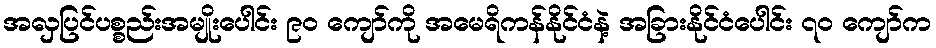
အလှပြင်ပစ္စည်းအမျိုးပေါင်း ၉၀ ကျော်ကို အမေရိကန်နိုင်ငံနဲ့ အခြားနိုင်ငံပေါင်း ၇၀ ကျော်က